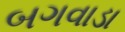
બગવાડા